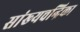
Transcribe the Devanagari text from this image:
सांख्‍यचन्द्रिका